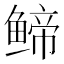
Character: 𬶤